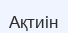
Ақтиін